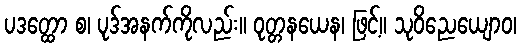
ပဒတ္ထော စ၊ ပုဒ်အနက်ကိုလည်း။ ဝုတ္တနယေန၊ ဖြင့်။ သုဝိညေယျောဝ၊